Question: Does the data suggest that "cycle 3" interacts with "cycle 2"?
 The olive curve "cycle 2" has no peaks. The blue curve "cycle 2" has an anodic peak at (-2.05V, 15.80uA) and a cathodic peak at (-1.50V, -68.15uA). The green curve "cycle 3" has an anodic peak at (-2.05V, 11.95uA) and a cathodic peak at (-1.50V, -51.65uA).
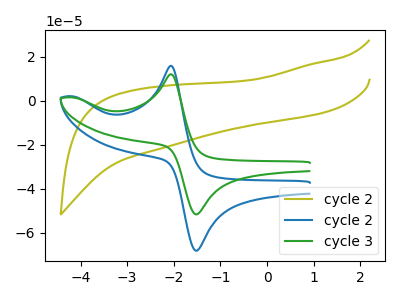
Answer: <think>All the peaks in "cycle 3" have a peak in "cycle 2" at the same potential. Every peak in "cycle 3" is lower than every peak in "cycle 2".
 </think>
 <answer>No, "cycle 3" and "cycle 2" don't appear to be significantly different in shape</answer>
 <eval>no_change</eval>